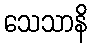
သေသာနိ